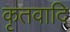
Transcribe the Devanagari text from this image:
कृतवादि